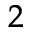
^ 2